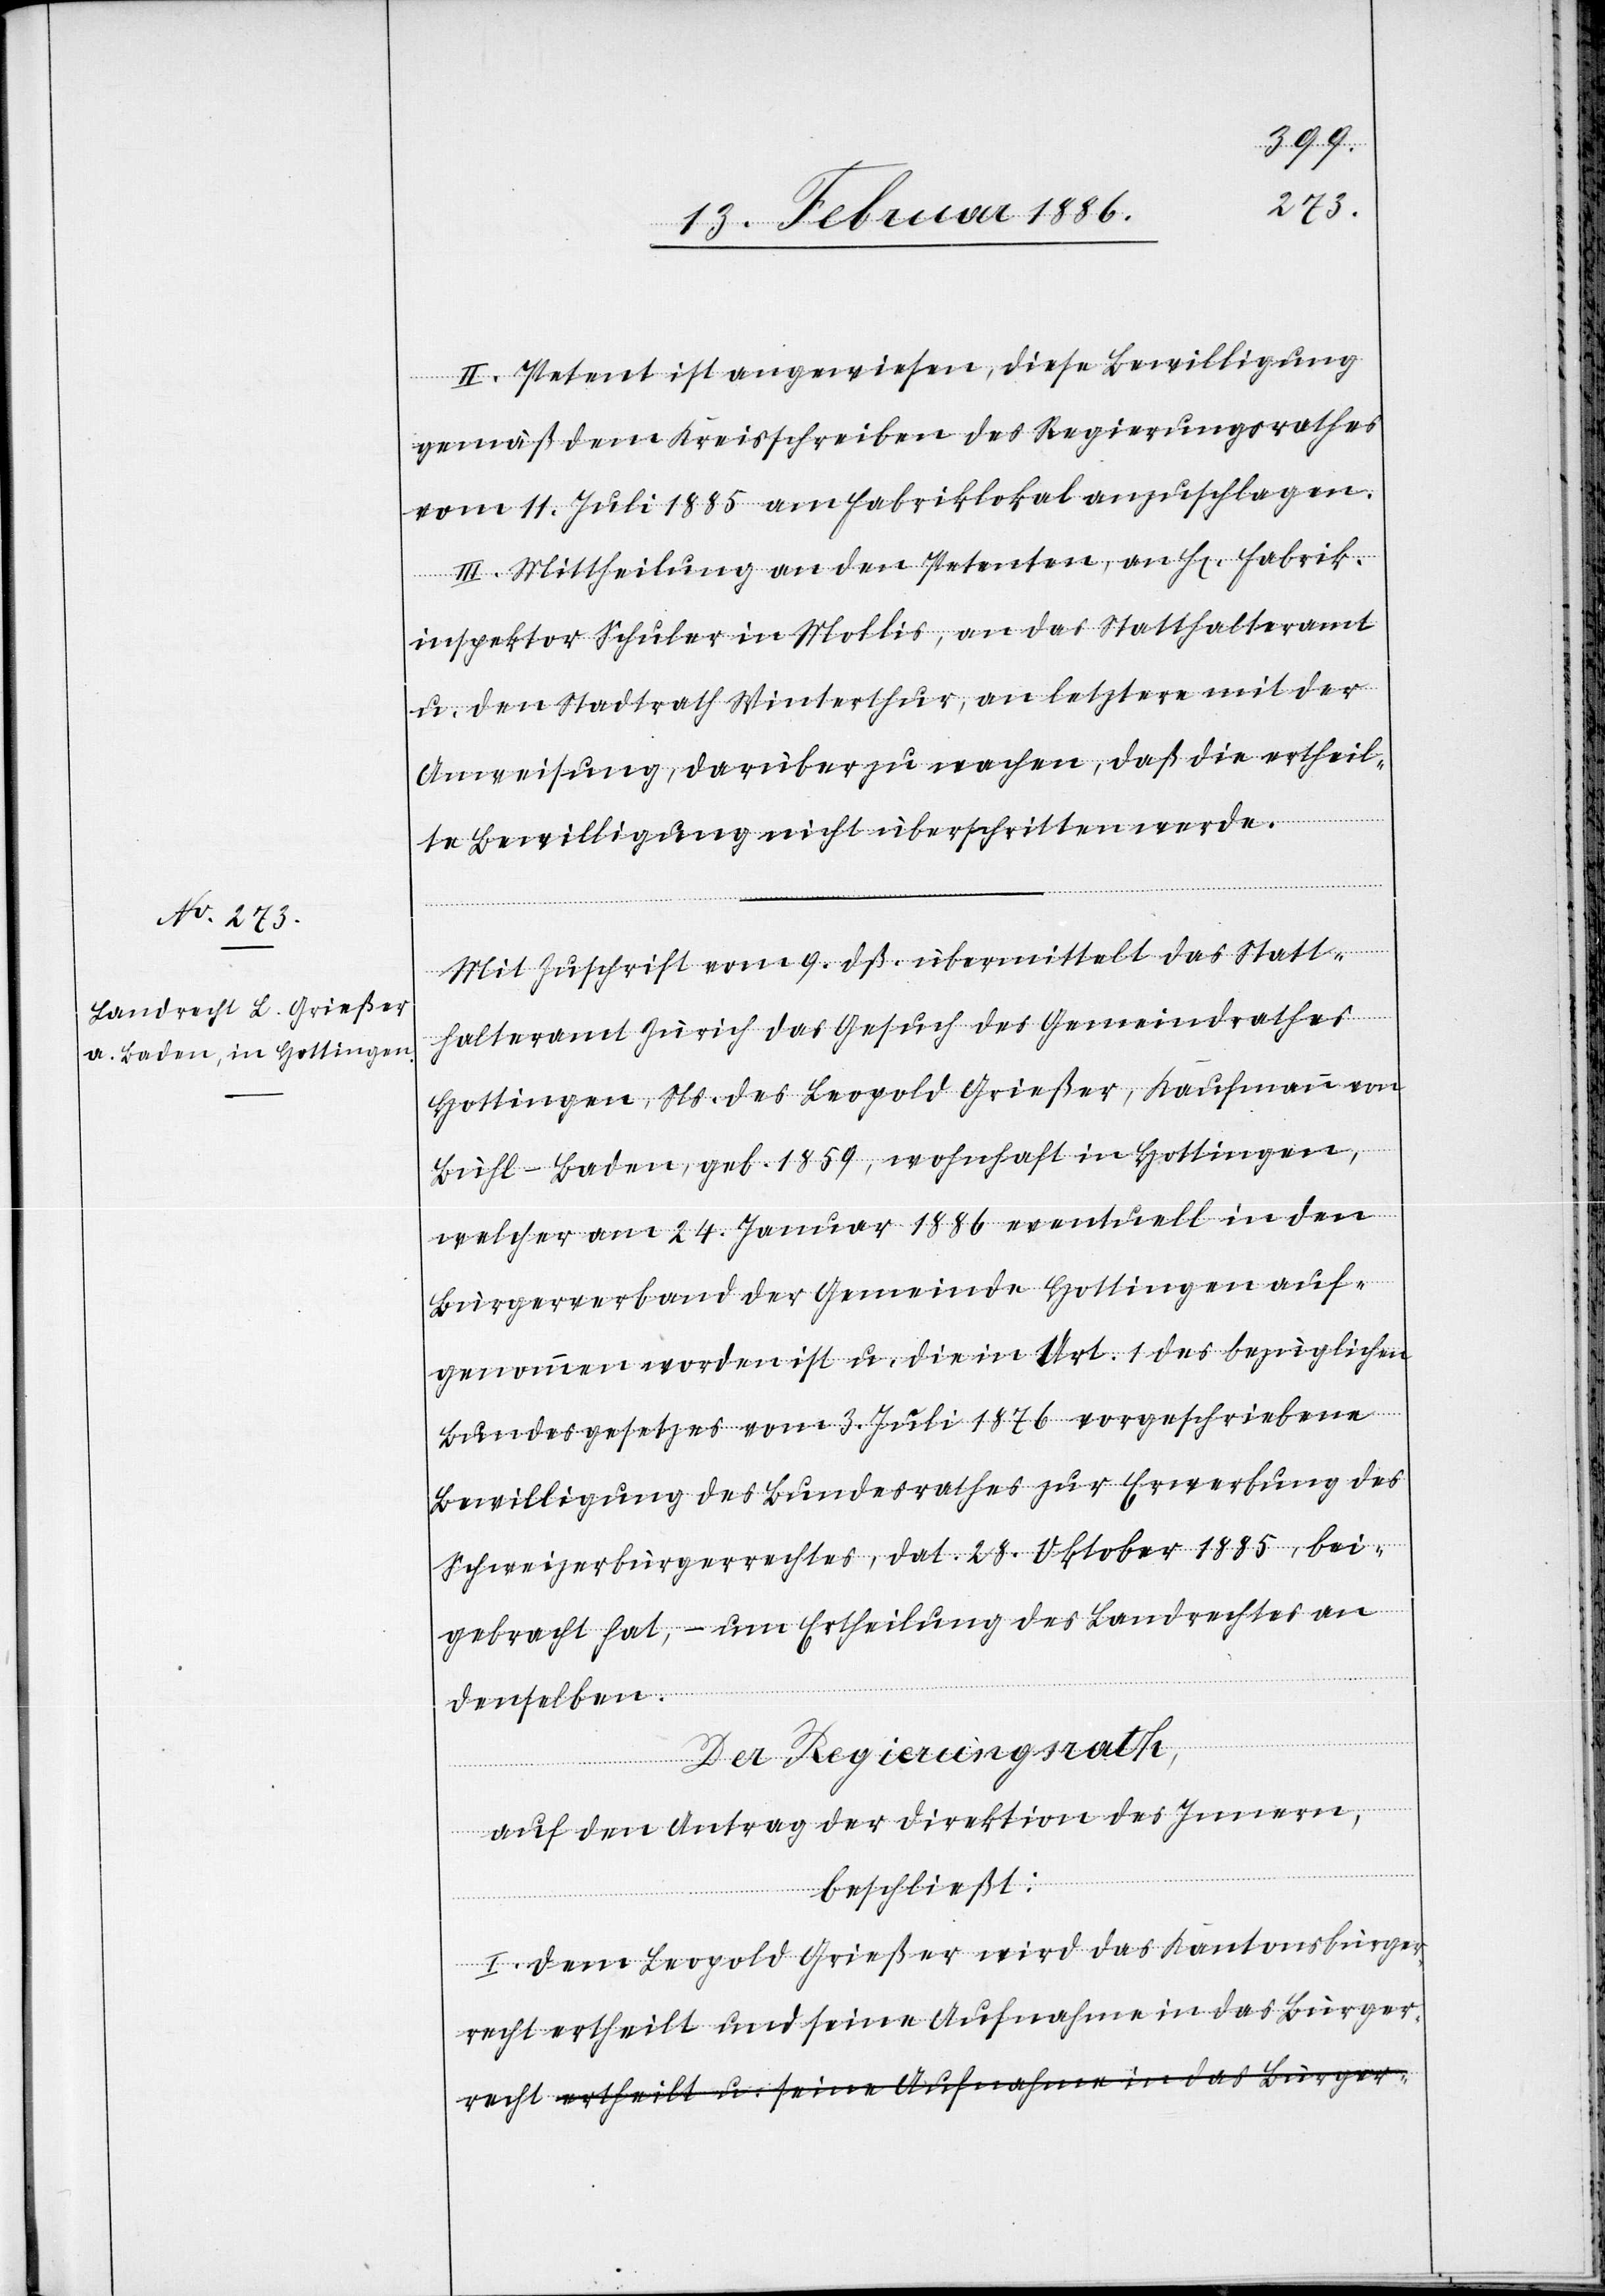
recht
II. Petent ist angewiesen, diese Bewilligung
gemäß dem Kreisschreiben des Regierungsrathes
vom 11. Juli 1885 am Fabriklokal anzuschlagen.
III. Mittheilung an den Petenten, an Hr. Fabrik¬
inspektor Schuler in Mollis, an das Statthalteramt
u. den Stadtrath Winterthur, an letztern mit der
Anweisung, darüber zu wachen, daß die ertheil¬
te Bewilligung nicht überschritten werde.
Mit Zuschrift vom 9. dß. übermittelt das Statt¬
halteramt Zürich das Gesuch des Gemeindrathes
Hottingen, Ns. des Leopold Grießer, Kaufmann von
Bühl - Baden, geb. 1859, wohnhaft in Hottingen,
welcher am 24. Januar 1886 eventuell in den
Bürgerverband der Gemeinde Hottingen auf¬
genommen worden ist u. die in Art. 1 des bezüglichen
Bundesgesetzes vom 3. Juli 1876 vorgeschriebene
Bewilligung des Bundesrathes zur Erwerbung des
Schweizerbürgerrechtes, dat. 28. Oktober 1885, bei¬
gebracht hat, – um Ertheilung des Landrechtes an
denselben.
Der Regierungsrath,
auf den Antrag der Direktion des Innern,
beschließt:
I. Dem Leopold Grießer wird das Kantonsbürger¬
recht ertheilt und seine Aufnahme in das Bürger¬